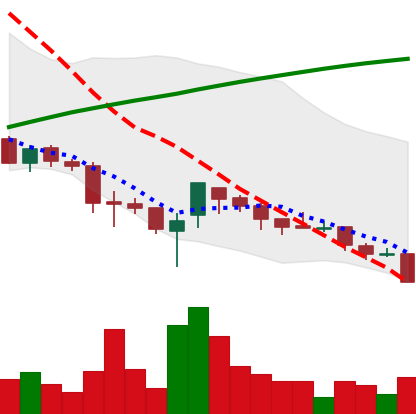
Ticker: XRP-USD
Chart end date: 2018-03-29
Forward return: 9.097%
Label: up_7plus